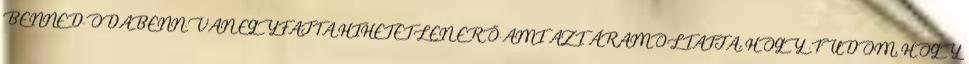
BENNED.ODABENN.VAN EGYFAJTA HIHETETLEN ERŐ.AMI AZT ÁRAMOLTATJA, HOGY .TUDOM, HOGY